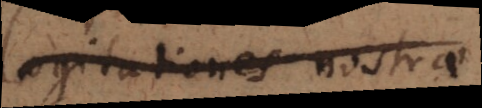
Cogitationes nostrae